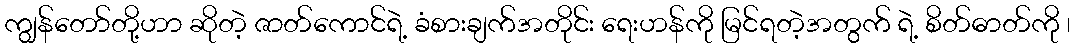
ကျွန်တော်တို့ဟာ ဆိုတဲ့ ဇာတ်ကောင်ရဲ့ ခံစားချက်အတိုင်း ရေးဟန်ကို မြင်ရတဲ့အတွက် ရဲ့ စိတ်ဓာတ်ကို ၊